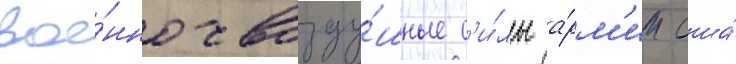
вое́нно-возду́шные с'и́лы а́рм'ии сша́